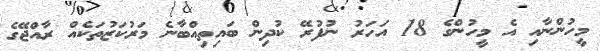
މީހުންނާއި އެ މީހުންގެ 18 އަހަރު ނުފުރޭ ކުދިން ބައިތިއްބާނެ މަރުކަޒުތަކެއް ރާއްޖޭގެ